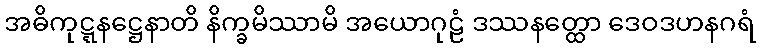
အဓိကုဋ္ဋနဋ္ဌေနာတိ နိက္ခမိဿာမိ အယောဂုဠံ ဒဿနတ္ထော ဒေဝဒဟနဂရံ